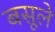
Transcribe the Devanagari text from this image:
बसूले